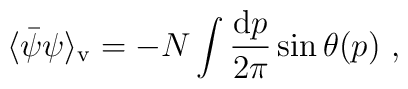
\langle \bar{\psi}\psi \rangle_{\rm v} = -N \int \frac{{\rm d}p}{2\pi}\sin \theta(p)\ ,